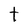
Character: t